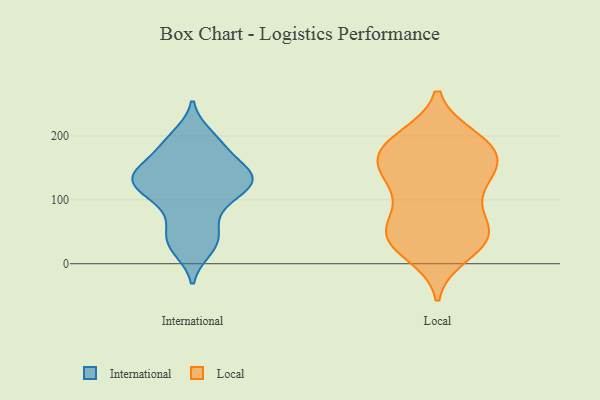
{"axis": {"x": "Page Views", "y": "Value"}, "legend": ["International", "Local"], "data": [{"x": "", "y": 68, "type": "International"}, {"x": "", "y": 128, "type": "International"}, {"x": "", "y": 140, "type": "International"}, {"x": "", "y": 148, "type": "International"}, {"x": "", "y": 200, "type": "International"}, {"x": "", "y": 23, "type": "International"}, {"x": "", "y": 106, "type": "International"}, {"x": "", "y": 183, "type": "International"}, {"x": "", "y": 141, "type": "International"}, {"x": "", "y": 143, "type": "International"}, {"x": "", "y": 186, "type": "International"}, {"x": "", "y": 103, "type": "International"}, {"x": "", "y": 44, "type": "International"}, {"x": "", "y": 117, "type": "International"}, {"x": "", "y": 130, "type": "International"}, {"x": "", "y": 33, "type": "International"}, {"x": "", "y": 136, "type": "Local"}, {"x": "", "y": 192, "type": "Local"}, {"x": "", "y": 100, "type": "Local"}, {"x": "", "y": 48, "type": "Local"}, {"x": "", "y": 155, "type": "Local"}, {"x": "", "y": 182, "type": "Local"}, {"x": "", "y": 196, "type": "Local"}, {"x": "", "y": 122, "type": "Local"}, {"x": "", "y": 33, "type": "Local"}, {"x": "", "y": 170, "type": "Local"}, {"x": "", "y": 187, "type": "Local"}, {"x": "", "y": 34, "type": "Local"}, {"x": "", "y": 143, "type": "Local"}, {"x": "", "y": 53, "type": "Local"}, {"x": "", "y": 71, "type": "Local"}, {"x": "", "y": 176, "type": "Local"}, {"x": "", "y": 143, "type": "Local"}, {"x": "", "y": 43, "type": "Local"}, {"x": "", "y": 48, "type": "Local"}, {"x": "", "y": 16, "type": "Local"}]}